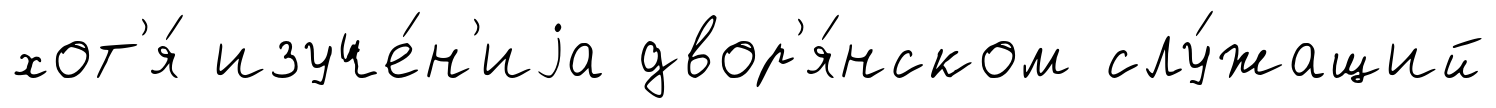
хот'я́ изуче́н'иjа двор'я́нском слу́жащий